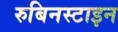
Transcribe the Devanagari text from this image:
रुबिनस्टाइन